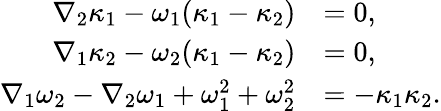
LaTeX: \begin{array}{rl}{\nabla_{2}\kappa_{1}-\omega_{1}(\kappa_{1}-\kappa_{2})}&{=0,}\\ {\nabla_{1}\kappa_{2}-\omega_{2}(\kappa_{1}-\kappa_{2})}&{=0,}\\ {\nabla_{1}\omega_{2}-\nabla_{2}\omega_{1}+\omega_{1}^{2}+\omega_{2}^{2}}&{=-\kappa_{1}\kappa_{2}.}\end{array}